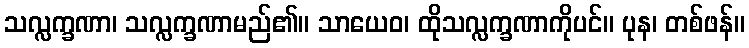
သလ္လက္ခဏာ၊ သလ္လက္ခဏာမည်၏။ သာယေဝ၊ ထိုသလ္လက္ခဏာကိုပင်။ ပုန၊ တစ်ဖန်။